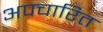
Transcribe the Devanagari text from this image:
अपचारित